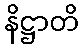
နိဋ္ဌာတိ